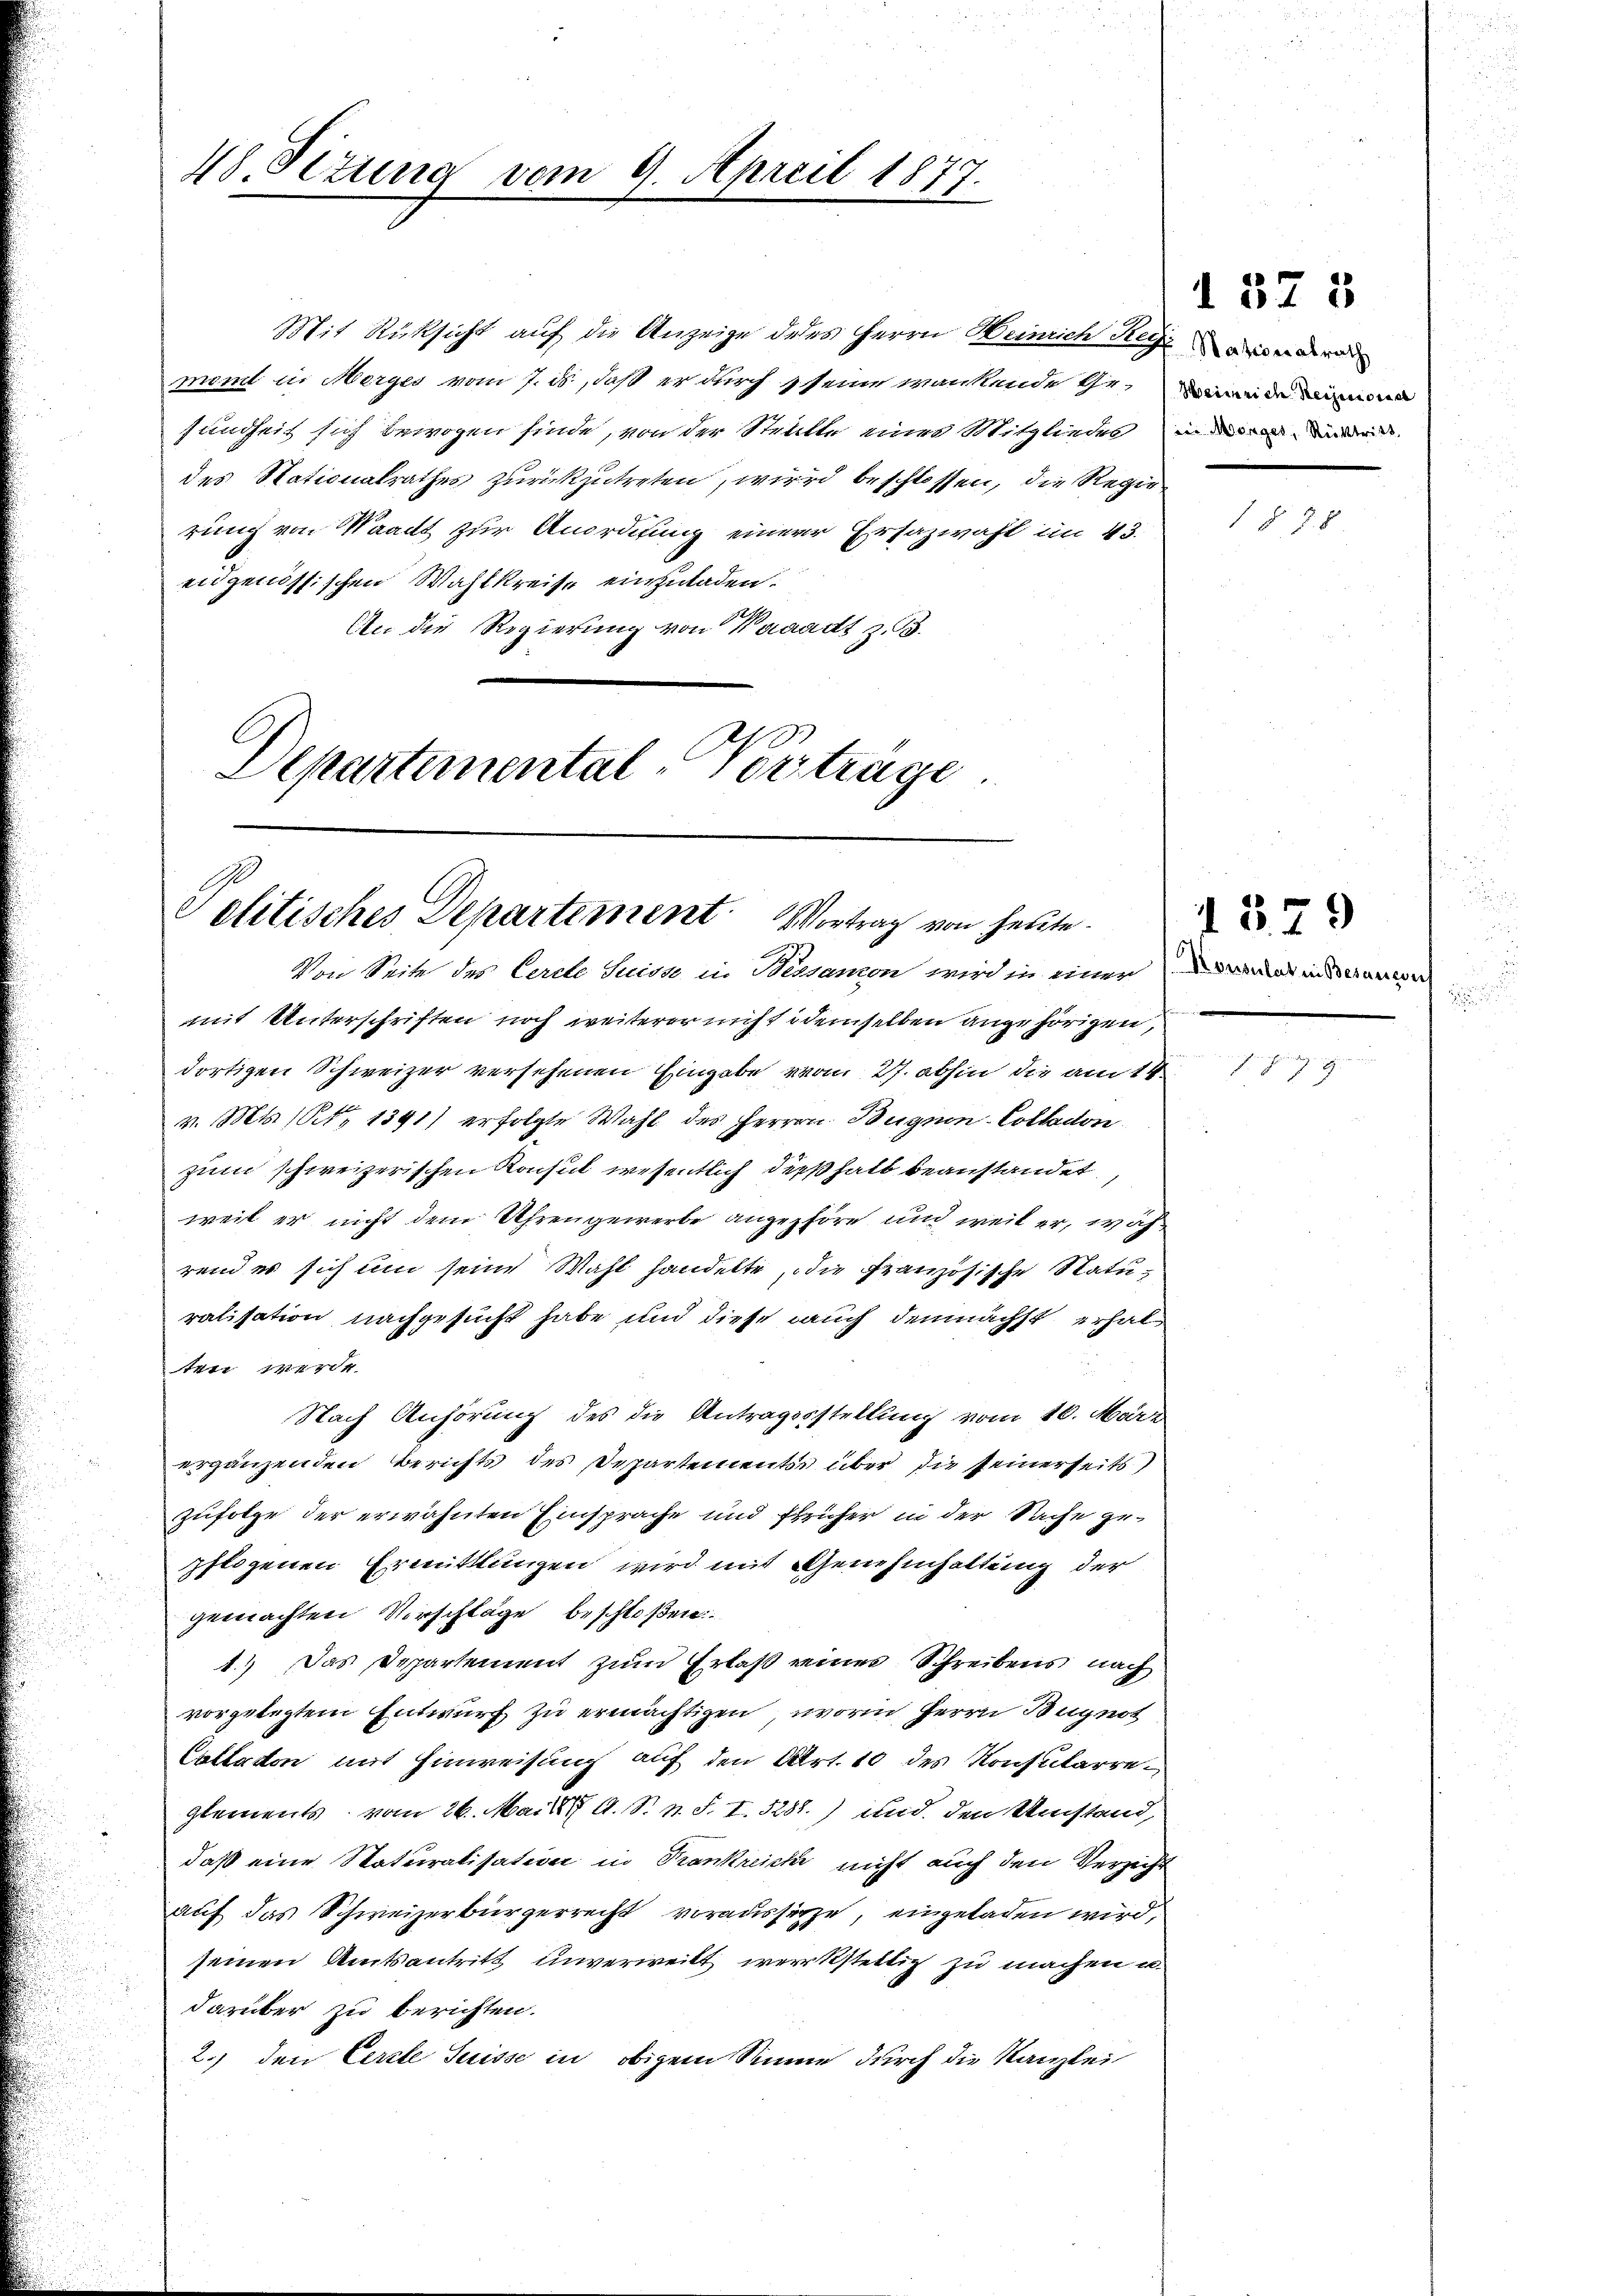
48. Setung vom 9. April 1877.

Mit Rücksicht auf die Anzeige dedes Herrn Heinrich Regier
ment i. Marges vom 7. ds., daß er durch seine wankende Gesundheit sich bewegen finde, von der Stellte eine Mitgliedes und
des Nationalrathes zurückzutreten, wird beschlossen, die Regie
rung von Waadt zur Anordnung einer Ersazwahl an 43.
eidgenössischen Wahlkreise einzuladen.
An die Regierung von Waadt z. B.
C
Departemental-Vertrage

Politisches Departement Vortrag von heute.

Von Seite des Cerete Suisse in Bessamon wird in einer
mit Unterschriften noch weiterer nicht demselben angehörigen,
dortigen Schweizer versehenen Eingabe vom 27. abhin die am 14
v. Mts. (Art. 1391) erfolgte Wahl des Herrn Bugnen-Colladon
zum schweizerischen Konsul wesentlich dieß halb beanstandet,
weit er nicht dem Uhrengewerbe angehöre und weil er, während es sich um seine Wahl handelte, die Französische Staturalisation nachgesucht habe und diese auch demnächst erhalten werde.
Nach Anhörung des die Antragssstellung vom 16. März
ergänzenden Berichts des Departements über die seinerseits
Zufolge der erwähnten Einsprache und früher in der Sache gepflogenen Ermittlungen wird mit Genehmhaltung der
gemachten Vorschläge beschloßen:
1.) Das Departement zum Erlaß einer Schreibens nach
vorgelegtem Entwurf zu ermächtigen, worin Herrn Bugnot
Castation mit Hinweisung auf den Art. 10 des Konsularreglements vom 26. Mai 1877 A. S. n. F. I. 5288) und den Umstand,
daß eine Naturalisation in Krankreiche nicht auch den Verzicht
auf das Schweizerbürgerrecht vorausserze, eingeladen wird,
seinen Amtsantritt unverweilt werkstellich zu machen u.
darüber zu berichten.
2.) den Cercle Suisse in obigem Sinne durch die Kanzlei

Heinrich Reiseniorica

1378

1 § 78

u
Konsulat in Besauconf

379

Gichtung nich